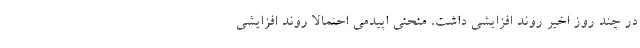
در چند روز اخیر روند افزایشی داشت، منحنی اپیدمی احتمالاً روند افزایشی